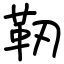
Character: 靭